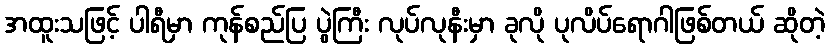
အထူးသဖြင့် ပါရီမှာ ကုန်စည်ပြ ပွဲကြီး လုပ်လုနီးမှာ ခုလို ပုလိပ်ရောဂါဖြစ်တယ် ဆိုတဲ့